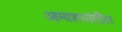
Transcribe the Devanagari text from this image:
आमाशयांतील